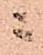
ニ